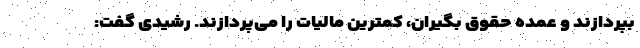
بپردازند و عمده حقوق بگیران، کمترین مالیات را می‌پردازند. رشیدی گفت: